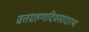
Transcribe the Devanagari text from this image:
व्रतग्रहणदिवसादारभ्य